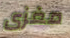
مغزى